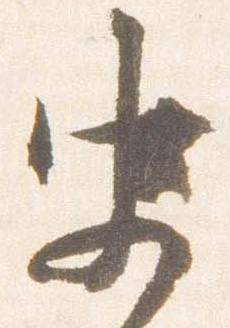
史